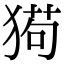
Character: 㺃